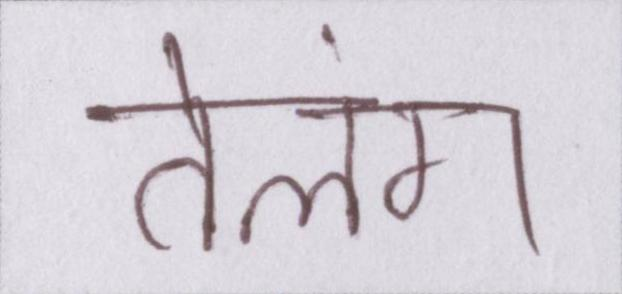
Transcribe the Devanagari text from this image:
तेलंग